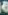
ة